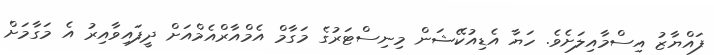
ފައްޔާޒު އިސްމާއިލަށެވެ. ހަޔާ އެޑިއުކޭޝަން މިނިސްޓަރުގެ މަގާމް އެމްއާރްއެމްއަށް ދީފައިވާއިރު އެ މަގާމަށް